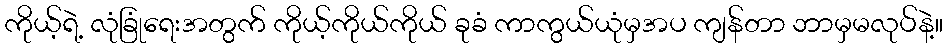
ကိုယ့်ရဲ့ လုံခြုံရေးအတွက် ကိုယ့်ကိုယ်ကိုယ် ခုခံ ကာကွယ်ယုံမှအပ ကျန်တာ ဘာမှမလုပ်နဲ့။